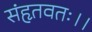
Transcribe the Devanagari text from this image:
संहृतवतः।।